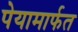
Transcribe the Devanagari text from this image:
पेयामार्फत